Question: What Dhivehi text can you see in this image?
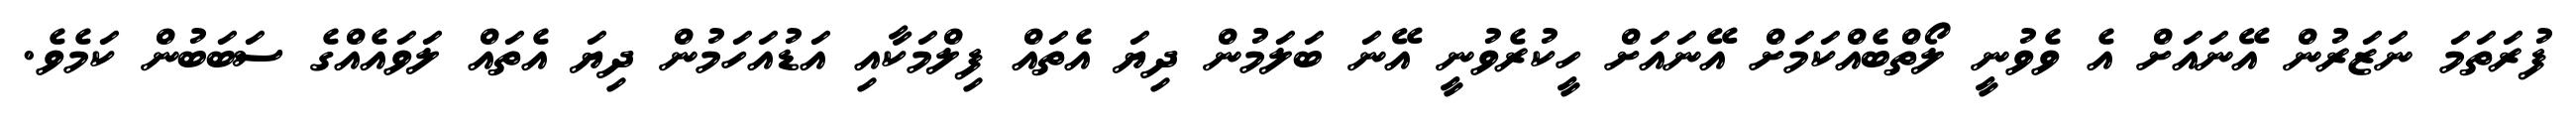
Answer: ފުރަތަމަ ނަޒަރުން އޭނައަށް އެ ވެވުނީ ލޯތްބެއްކަމަށް އޭނައަށް ހީކުރެވުނީ އޭނަ ބަލަމުން ދިޔަ އެތައް ފިލްމަކާއި އަޑުއަހަމުން ދިޔަ އެތައް ލަވައެއްގެ ސަބަބުން ކަމެވެ.